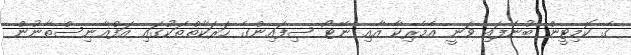
ގެ ކޮމިޓީން ބުނެފައި ވަނީ އެމެރިކާ އާއި ނޭޓޯ ސިފައިންގެ ހަރަކާތްތަކުގައި އަފްޣާނިސްތާނުން